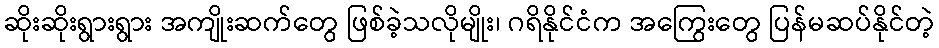
ဆိုးဆိုးရွားရွား အကျိုးဆက်တွေ ဖြစ်ခဲ့သလိုမျိုး၊ ဂရိနိုင်ငံက အကြွေးတွေ ပြန်မဆပ်နိုင်တဲ့